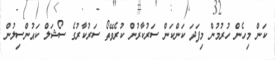
ކަން މިހެން ހުރުމުން މިފަދަ ކަންކަން ސަރުކާރުން ކުރެވޭތޯ ސަރުކާރުގެ ސޯޝަލް ކައުންސިލުން